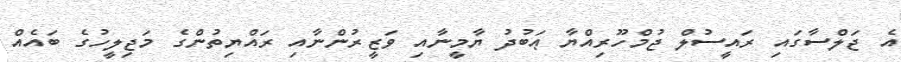
އެ ޖަލްސާގައި ރައީސުލް ޖުމްހޫރިއްޔާ ޢަބުދު ޔާމީނާއި ވަޒީރުންނާއި ރައްޔިތުންގެ މަޖިލީހުގެ ބައެއް